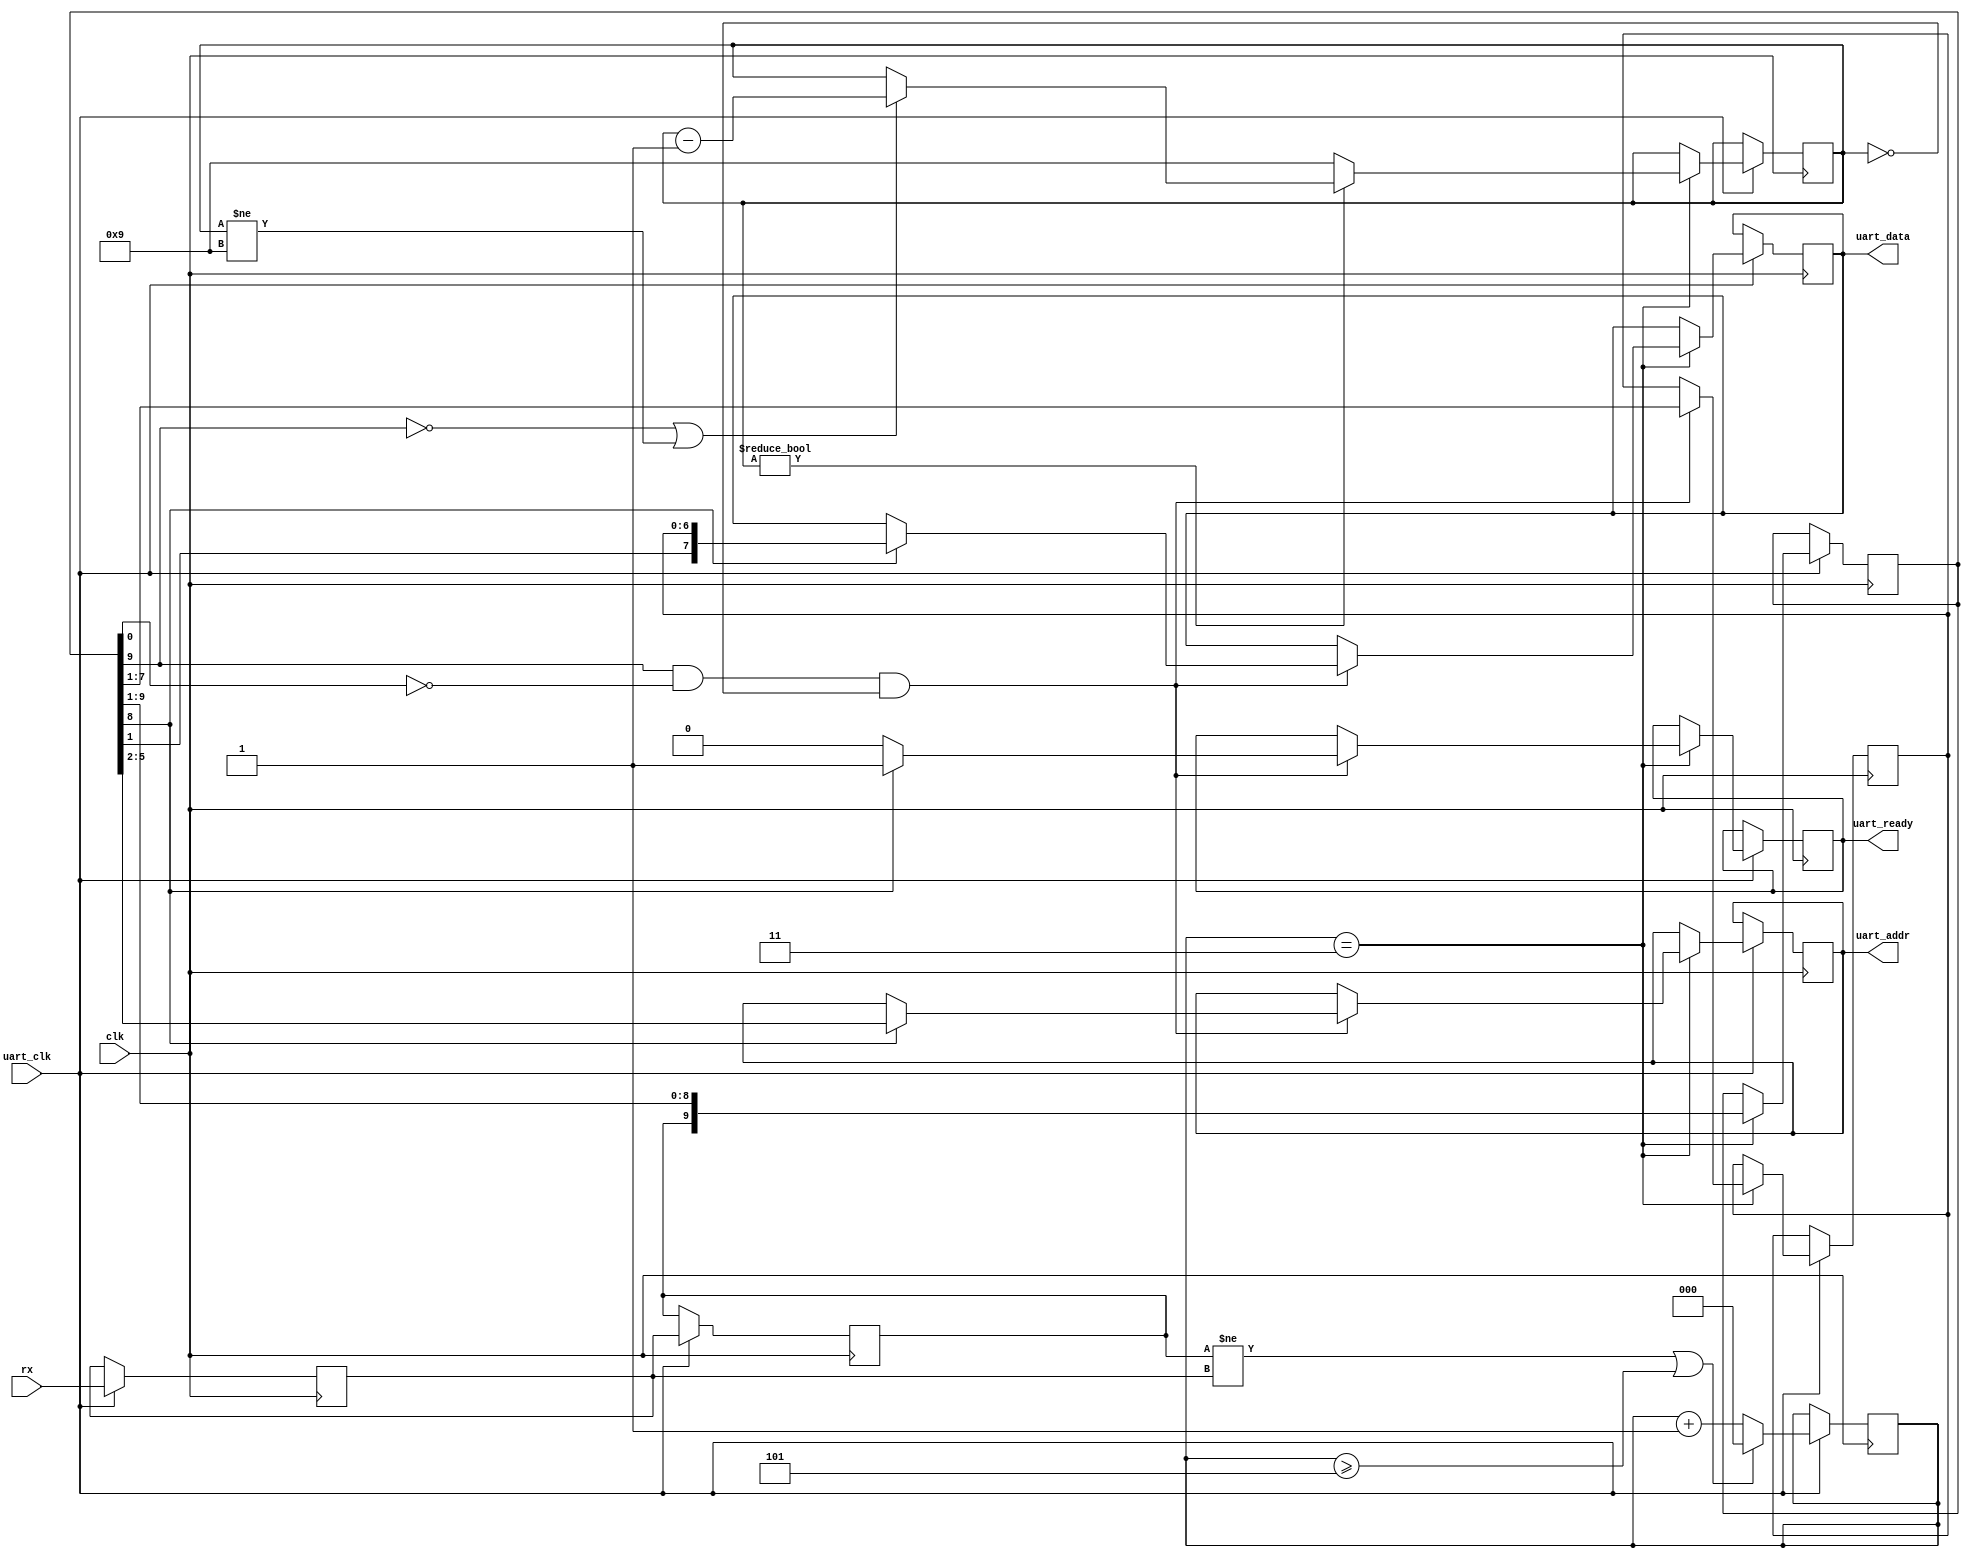
// Title:   Serial UART and register decoder
// URL:     https://github.com/wallieeverest/tt04
// License: Apache 2.0
//
// Description:
//   Recovers a bit clock (sck) from asynchronous serial data.
//   A reference clock must be supplied at 5x the baud rate
//   A register address and data are recovered from two consecutive
//   serial bytes. A byte with the msb=0 is considered the
//   first byte with 7-bits of data. A byte with msb=1 is considered
//   the second byte with the remaining 1-bit of data and a 6-bit address.
//   A ready flag is generated after receiving the second byte.
//     Byte 1                              Byte 2
//   -------------------------------------------------------------------------
//   | Start D0 D1 D2 D3 D4 D5 D6 0 Stop | Start D7 A0 A1 A2 A3 A4 A5 1 Stop |
//   -------------------------------------------------------------------------
//  To do:
//    1.) Consider if powerup of shift register can cause an errant event.
//    Possibly need to invert signal.

`default_nettype none

module uart (
  input  wire clk,              // system clock
  input  wire uart_clk,         // 6x baud clock
  input  wire rx,               // asynchronous serial input
  output reg  [3:0] uart_addr,  // serial address, addr[5:4] is unused
  output reg  [7:0] uart_data,  // serial data
  output reg  uart_ready        // data ready
);

  localparam [2:0] BAUD_DIV = 6;
  localparam WIDTH = 10;  // number of bits in message
  localparam [WIDTH-1:0] IDLE = ~0;
  localparam START = 1'b0;
  localparam STOP = 1'b1;

  reg rx_meta;
  reg sdi;
  reg [WIDTH-1:0] shift;  // default to IDLE pattern
  reg [2:0] baud_count;
  reg [3:0] bit_count;
  reg [6:0] data_hold;
  wire [7:0] data = shift[8:1];  // serial byte
  wire zero_count = ( bit_count == 0 );
  wire msg_valid = ( shift[WIDTH-1] == STOP ) && ( shift[0] == START ) && zero_count;  // valid message
  wire sck = ( baud_count == 3 );  // recovered serial clock at mid-point of symbol

  always @( posedge clk ) begin : uart_serial_receiver
    if ( uart_clk ) begin
      rx_meta <= rx;   // capture asynchronous input
      sdi <= rx_meta;  // generate delay to detect edge

      if (( sdi != rx_meta ) || ( baud_count >= BAUD_DIV-1 ))  // edge detected or rollover
        baud_count <= 0;  // synchronize bit clock with phase offset
      else
        baud_count <= baud_count+1;

      if ( sck ) begin
        shift <= {sdi, shift[WIDTH-1:1]};  // right-shift and get next SDI bit

        if ( bit_count != 0 ) begin
          if (( shift[WIDTH-1] == START ) || ( bit_count != WIDTH-1 ))  // synchronize with IDLE pattern
            bit_count <= bit_count - 1;
        end else begin
          bit_count <= WIDTH-1;
        end

        if ( msg_valid ) begin
          data_hold <= data[6:0];

          if ( data[7] ) begin  // capture user inbound data
            uart_addr <= data[4:1];
            uart_data <= {data[0], data_hold};
            uart_ready <= 1;
          end else begin
            uart_ready <= 0;
          end
        end
      end
    end
  end

endmodule